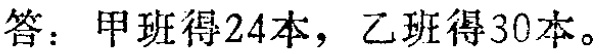
答：甲班得24本，乙班得30本。